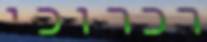
רכרוכי